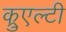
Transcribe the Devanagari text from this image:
क्रुएल्टी